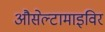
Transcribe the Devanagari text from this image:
औसेल्टामाइविर